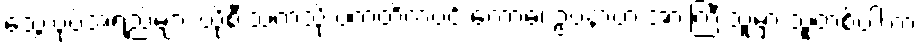
သွေးပုပ်အရည်များ ယိုစီးသကဲ့သို ပကတိကပင် ကောဓ၊ ဥပနာဟ အားကြီးသူမှာ သူတစ်ပါးက